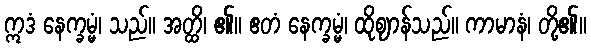
ဣဒံ နေက္ခမ္မံ၊ သည်။ အတ္ထိ၊ ၏။ ဧတံ နေက္ခမ္မံ၊ ထိုဈာန်သည်။ ကာမာနံ၊ တို့၏။